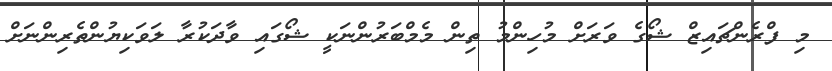
މި ފްރެންޗައިޒް ޝޯގެ ވަރަށް މުހިންމު ތިން މެމްބަރުންނަކީ ޝޯގައި ވާދަކުރާ ލަވަކިޔުންތެރިންނަށް